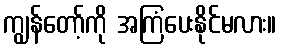
ကျွန်တော့်ကို အကြံပေးနိုင်မလား။